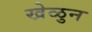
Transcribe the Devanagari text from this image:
खेळुन